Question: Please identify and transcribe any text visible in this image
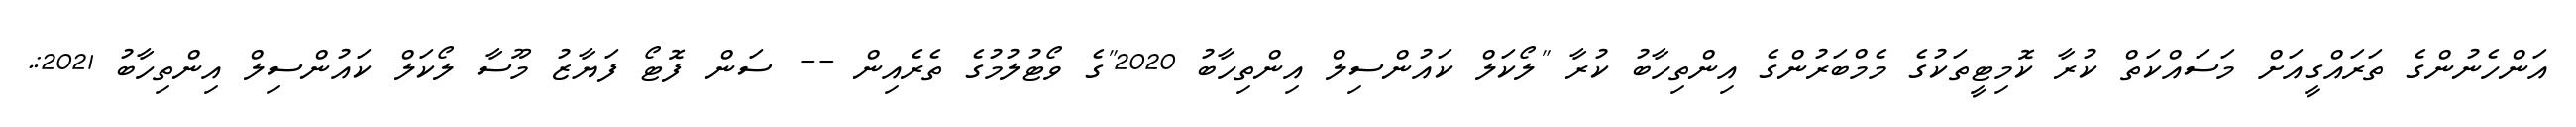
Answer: އަންހެނުންގެ ތަރައްގީއަށް މަސައްކަތް ކުރާ ކޮމިޓީތަކުގެ މެމްބަރުންގެ އިންތިހާބު ކުރާ "ލޯކަލް ކައުންސިލް އިންތިހާބު 2020"ގެ ވޯޓުލުމުގެ ތެރެއިން -- ސަން ފޮޓޯ ފަޔާޒު މޫސާ ލޯކަލް ކައުންސިލް އިންތިހާބު 2021:.